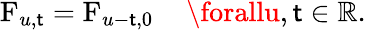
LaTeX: \operatorname{F}_{u,\mathsf{t}}=\operatorname{F}_{u-\mathsf{t},0}\quad\forallu,\mathsf{t}\in\mathbb{{R}}.